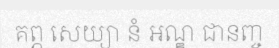
គព្ភ សេយ្យា នំ អណ្ឌ ជានញ្ច